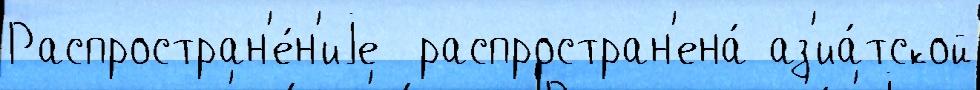
Распростран'е́н'иjе  распростран'ена́ аз'иа́тской